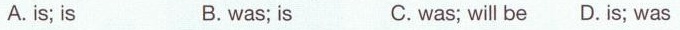
A. is; is B. was; is C.was; will be D. is; was